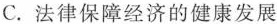
C.法律保障经济的健康发展